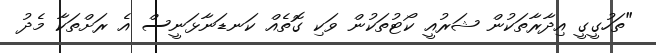
"ތަހުގީގީ އިދާރާތަކުން ޝަރުއީ ކޯޓުތަކުން ވަކި ގޮތެއް ކަނޑަނާޅަނީސް އެ ރަށްތަކާ މެދު